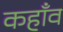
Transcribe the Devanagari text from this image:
कहाँव